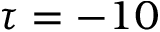
\tau = - 1 0